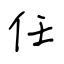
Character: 任